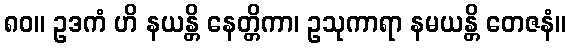
၈၀။ ဥဒကံ ဟိ နယန္တိ နေတ္တိကာ၊ ဥသုကာရာ နမယန္တိ တေဇနံ။